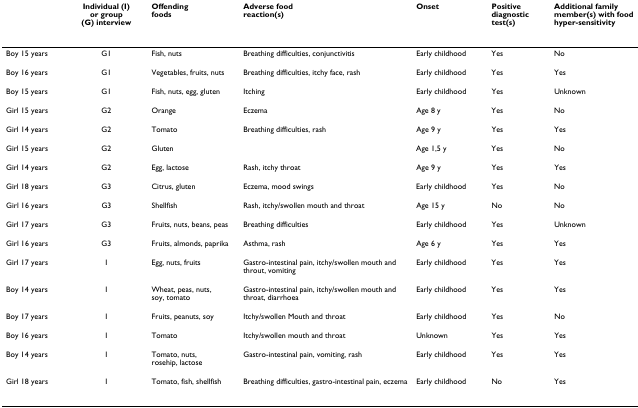
<table><thead><tr><td></td><td><b>Individual (I) or group (G) interview</b></td><td><b>Offending foods</b></td><td><b>Adverse food reaction(s)</b></td><td><b>Onset</b></td><td><b>Positive diagnostic test(s)</b></td><td><b>Additional family member(s) with food hyper-sensitivity</b></td></tr></thead><tbody><tr><td>Boy 15 years</td><td>G1</td><td>Fish, nuts</td><td>Breathing difficulties, conjunctivitis</td><td>Early childhood</td><td>Yes</td><td>No</td></tr><tr><td>Boy 16 years</td><td>G1</td><td>Vegetables, fruits, nuts</td><td>Breathing difficulties, itchy face, rash</td><td>Early childhood</td><td>Yes</td><td>Yes</td></tr><tr><td>Boy 15 years</td><td>G1</td><td>Fish, nuts, egg, gluten</td><td>Itching</td><td>Early childhood</td><td>Yes</td><td>Unknown</td></tr><tr><td>Girl 15 years</td><td>G2</td><td>Orange</td><td>Eczema</td><td>Age 8 y</td><td>Yes</td><td>No</td></tr><tr><td>Girl 14 years</td><td>G2</td><td>Tomato</td><td>Breathing difficulties, rash</td><td>Age 9 y</td><td>Yes</td><td>Yes</td></tr><tr><td>Girl 15 years</td><td>G2</td><td>Gluten</td><td></td><td>Age 1,5 y</td><td>Yes</td><td>No</td></tr><tr><td>Girl 14 years</td><td>G2</td><td>Egg, lactose</td><td>Rash, itchy throat</td><td>Age 9 y</td><td>Yes</td><td>Yes</td></tr><tr><td>Girl 18 years</td><td>G3</td><td>Citrus, gluten</td><td>Eczema, mood swings</td><td>Early childhood</td><td>Yes</td><td>No</td></tr><tr><td>Girl 16 years</td><td>G3</td><td>Shellfish</td><td>Rash, itchy/swollen mouth and throat</td><td>Age 15 y</td><td>No</td><td>No</td></tr><tr><td>Girl 17 years</td><td>G3</td><td>Fruits, nuts, beans, peas</td><td>Breathing difficulties</td><td>Early childhood</td><td>Yes</td><td>Unknown</td></tr><tr><td>Girl 16 years</td><td>G3</td><td>Fruits, almonds, paprika</td><td>Asthma, rash</td><td>Age 6 y</td><td>Yes</td><td>Yes</td></tr><tr><td>Girl 17 years</td><td>I</td><td>Egg, nuts, fruits</td><td>Gastro-intestinal pain, itchy/swollen mouth and throut, vomiting</td><td>Early childhood</td><td>Yes</td><td>Yes</td></tr><tr><td>Boy 14 years</td><td>I</td><td>Wheat, peas, nuts, soy, tomato</td><td>Gastro-intestinal pain, itchy/swollen mouth and throat, diarrhoea</td><td>Early childhood</td><td>Yes</td><td>Yes</td></tr><tr><td>Boy 17 years</td><td>I</td><td>Fruits, peanuts, soy</td><td>Itchy/swollen Mouth and throat</td><td>Early childhood</td><td>Yes</td><td>No</td></tr><tr><td>Boy 16 years</td><td>I</td><td>Tomato</td><td>Itchy/swollen mouth and throat</td><td>Unknown</td><td>Yes</td><td>Yes</td></tr><tr><td>Boy 14 years</td><td>I</td><td>Tomato, nuts, rosehip, lactose</td><td>Gastro-intestinal pain, vomiting, rash</td><td>Early childhood</td><td>Yes</td><td>Yes</td></tr><tr><td>Girl 18 years</td><td>I</td><td>Tomato, fish, shellfish</td><td>Breathing difficulties, gastro-intestinal pain, eczema</td><td>Early childhood</td><td>No</td><td>Yes</td></tr></tbody></table>